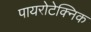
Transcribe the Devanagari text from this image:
पायरोटेक्निक